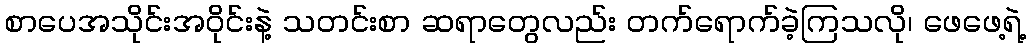
စာပေအသိုင်းအဝိုင်းနဲ့ သတင်းစာ ဆရာတွေလည်း တက်ရောက်ခဲ့ကြသလို၊ ဖေဖေ့ရဲ့